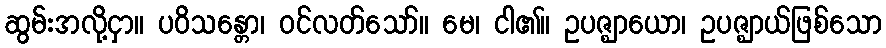
ဆွမ်းအလို့ငှာ။ ပဝိသန္တော၊ ဝင်လတ်သော်။ မေ၊ ငါ၏။ ဥပဇ္ဈာယော၊ ဥပဇ္ဈာယ်ဖြစ်သော